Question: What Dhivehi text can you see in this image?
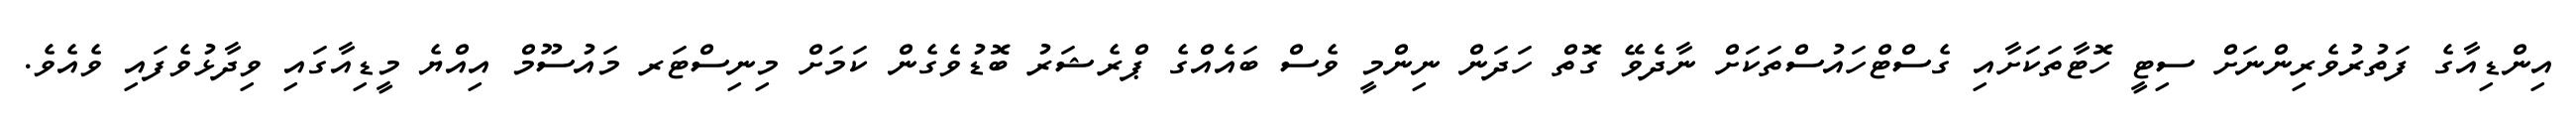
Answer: އިންޑިއާގެ ފަތުރުވެރިންނަށް ސިޓީ ހޮޓާތަކަށާއި ގެސްޓްހައުސްތަކަށް ނާދެވޭ ގޮތް ހަދަން ނިންމީ ވެސް ބައެއްގެ ޕްރެޝަރު ބޮޑުވެގެން ކަމަށް މިނިސްޓަރ މައުސޫމް އިއްޔެ މީޑިއާގައި ވިދާޅުވެފައި ވެއެވެ.